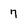
Character: 7